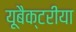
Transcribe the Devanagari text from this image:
यूबैक्टरीया